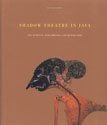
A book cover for Shadow Theatre in Java: The Puppets, Performance and Repertoire; Alit Djajasoebrata; Crafts, Hobbies & Home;